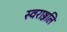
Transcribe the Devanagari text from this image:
स्वराञ्जलि